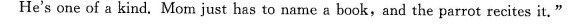
He's one of a kind.Mom just has to name a book,and the parrot recites it."